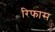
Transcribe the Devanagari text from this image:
रिफास